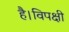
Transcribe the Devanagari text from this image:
है।विपक्षी